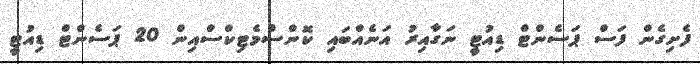
ފެށިގެން ފަސް ޕަސެންޓް ޑިއުޓީ ނަގާއިރު އަނެއްބައި ކޮންސްމެޓިކްސްއިން 20 ޕަސެންޓް ޑިއުޓީ